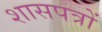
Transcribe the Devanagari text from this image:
शासपत्रों